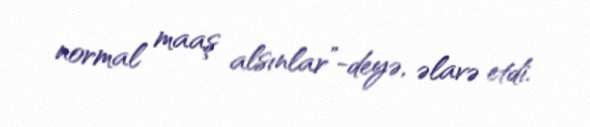
normal maaş alsınlar”-deyə, əlavə etdi.